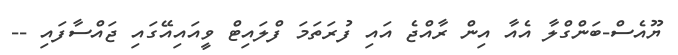
ޔޫއެސް-ބަންގްލާ އެއާ އިން ރާއްޖެ އައި ފުރަތަމަ ފްލައިޓް ވީއައިއޭގައި ޖައްސާފައި --